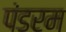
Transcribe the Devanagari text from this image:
पंडरम